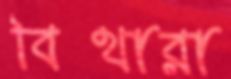
বিথারা